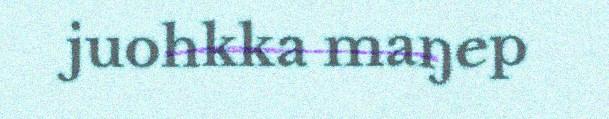
juohkka maŋep